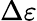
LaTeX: \Delta\varepsilon